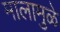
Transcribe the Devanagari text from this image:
मालामुळे